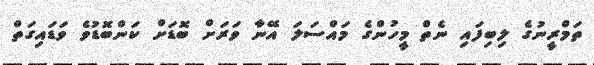
ތަމްރީނުގެ ލިބިފައި ނެތް މީހުންގެ މައްސަލަ އޭނާ ވަރަށް ބޮޑަށް ކަންބޮޑުވެ ވަޑައިގަތް